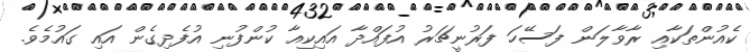
ކެއުންތަކާއި ރާވާލަން ފަސޭހަ ފަރުނީޗަރު އުފައްދާ އައިކިއާ ކުންފުނި އުފެދިގެން އައި ގައުމެވެ.